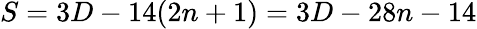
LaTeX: S=3D-14(2n+1)=3D-28n-14